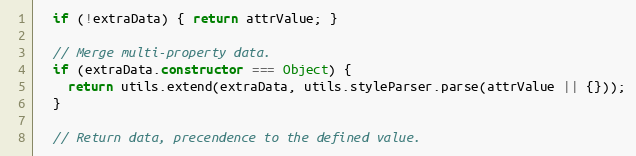
Language: JavaScript
  if (!extraData) { return attrValue; }

  // Merge multi-property data.
  if (extraData.constructor === Object) {
    return utils.extend(extraData, utils.styleParser.parse(attrValue || {}));
  }

  // Return data, precendence to the defined value.